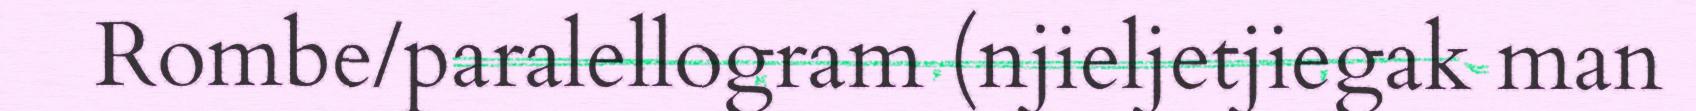
Rombe/paralellogram (njieljetjiegak man